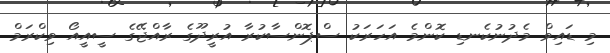
މި ޑައިވް މެދުނުކެނޑި ކޮންމެ އަހަރަކު ސްޕޮންސާކުރާ އުރީދޫގެ ރާއްޖޭގެ ސީއީއޯ ވިކްރަމް